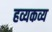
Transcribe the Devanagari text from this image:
हव्यकव्य